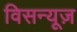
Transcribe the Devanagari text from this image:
विसन्यूज़